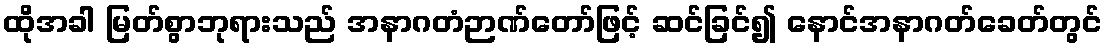
ထိုအခါ မြတ်စွာဘုရားသည် အနာဂတံဉာဏ်တော်ဖြင့် ဆင်ခြင်၍ နောင်အနာဂတ်ခေတ်တွင်